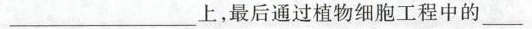
___上，最后通过植物细胞工程中的___